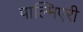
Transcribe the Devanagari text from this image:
पाल्मिएरी